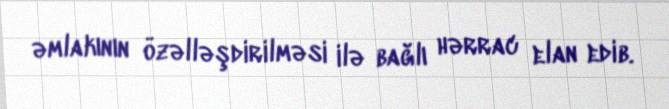
əmlakının özəlləşdirilməsi ilə bağlı hərrac elan edib.